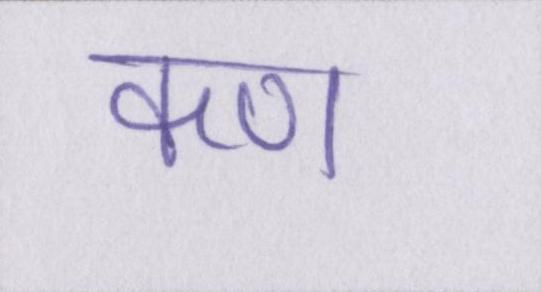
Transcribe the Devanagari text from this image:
कण